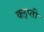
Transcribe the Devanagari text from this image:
क्‍ऌप्ती